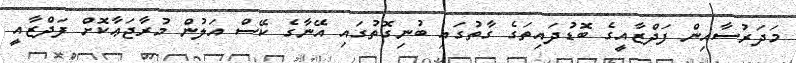
މަދަރުސާއިން ފަދްޒާއީގެ ބޮޑުދައިތަގެ ގާތުގައި ބުނިގޮތުގައި އޭނާގެ ކޭސް އަލުން މުރާޖަޢާކޮށް ފަދްޒާއީ